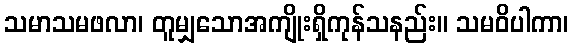
သမာသမဖလာ၊ တူမျှသောအကျိုးရှိကုန်သနည်း။ သမဝိပါကာ၊